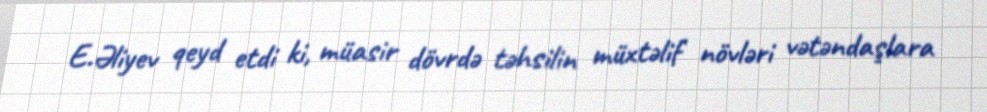
E.Əliyev qeyd etdi ki, müasir dövrdə təhsilin müxtəlif növləri vətəndaşlara